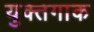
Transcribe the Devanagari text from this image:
युक्तगाक